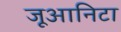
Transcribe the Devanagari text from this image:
जूआनिटा